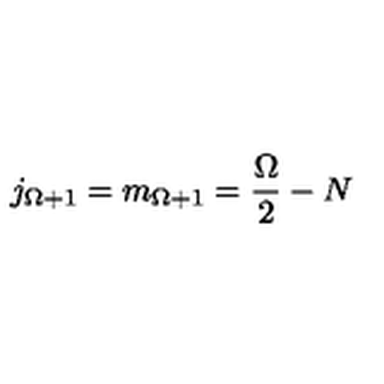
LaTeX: j _ { \Omega + 1 } = m _ { \Omega + 1 } = \frac { \Omega } { 2 } - N